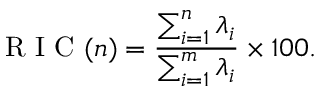
\mathrm { ~ R ~ I ~ C ~ } ( n ) = \frac { \sum _ { i = 1 } ^ { n } \lambda _ { i } } { \sum _ { i = 1 } ^ { m } \lambda _ { i } } \times 1 0 0 .